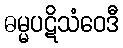
ဓမ္မပဋိသံဝေဒီ